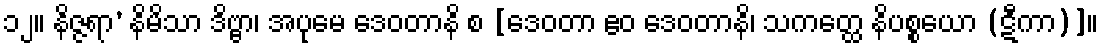
၁၂။ နိဇ္ဇရာ’ နိမိသာ ဒိဗ္ဗာ၊ အပုမေ ဒေဝတာနိ စ [ဒေဝတာ ဧဝ ဒေဝတာနိ၊ သကတ္ထေ နိပစ္စယော (ဋီကာ)]။